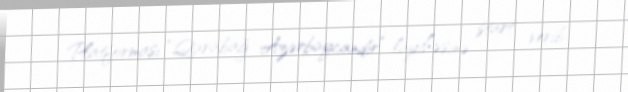
Platforması “Qarabağ Azərbaycandır” layihəsinə start verib.